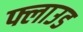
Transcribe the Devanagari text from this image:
फ्लाउड